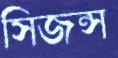
সিজন্স